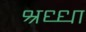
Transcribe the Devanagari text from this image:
श्रध्धा